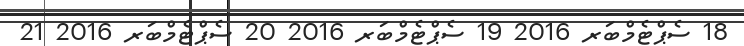
18 ސެޕްޓެމްބަރ 2016 19 ސެޕްޓެމްބަރ 2016 20 ސެޕްޓެމްބަރ 2016 21